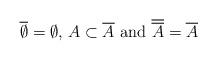
LaTeX: \begin{align*}\overline{\emptyset} = \emptyset, \, A \subset \overline{A} \textrm{ and } \overline{\overline{A}} = \overline{A}\end{align*}